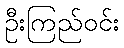
ဦးကြည်ဝင်း